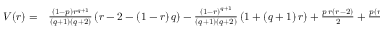
\begin{array} { r l } { V ( r ) = } & { { } \frac { \left( 1 - p \right) r ^ { q + 1 } } { \left( q + 1 \right) \left( q + 2 \right) } \left( r - 2 - \left( 1 - r \right) q \right) - \frac { \left( 1 - r \right) ^ { q + 1 } } { \left( q + 1 \right) \left( q + 2 \right) } \left( 1 + \left( q + 1 \right) r \right) + \frac { p \, r \left( r - 2 \right) } { 2 } + \frac { p \left( r - 1 \right) ^ { 2 } \left( 1 - r \right) ^ { q } } { \left( q + 2 \right) } . } \end{array}